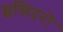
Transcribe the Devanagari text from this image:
इसिदरो